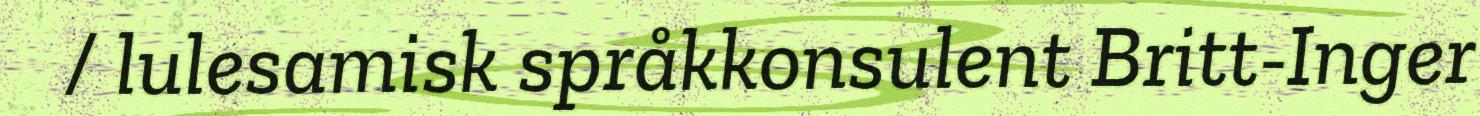
/ lulesamisk språkkonsulent Britt-Inger